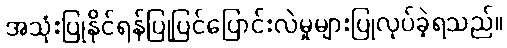
အသုံးပြုနိုင်ရန်ပြုပြင်ပြောင်းလဲမှုများပြုလုပ်ခဲ့ရသည်။